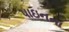
પાઇનના